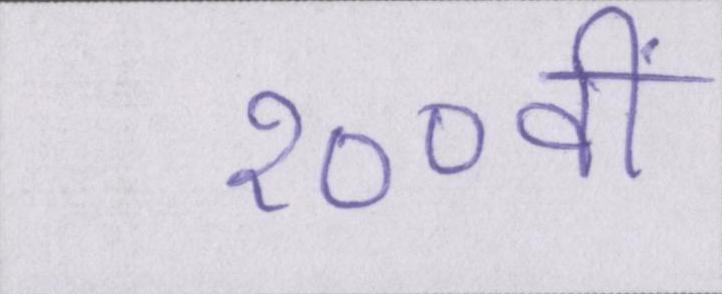
१००वीं